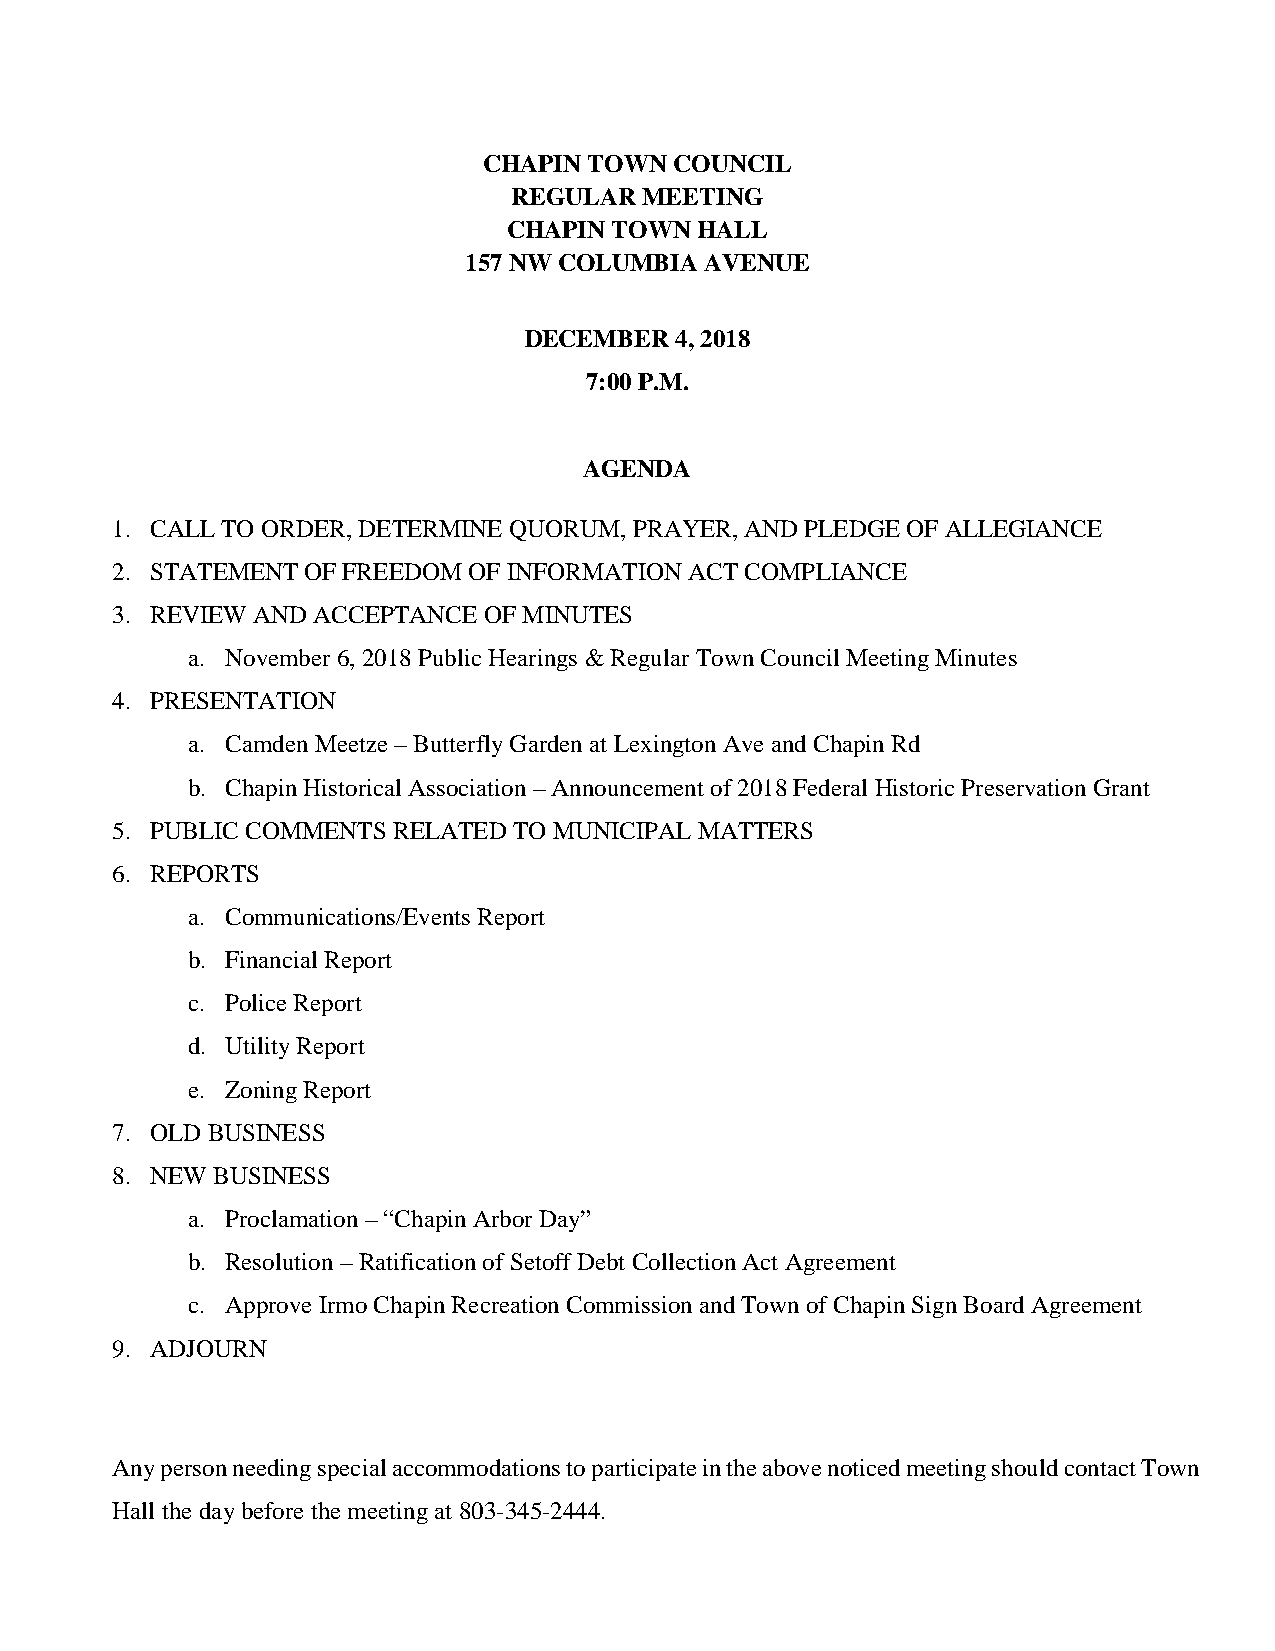
CHAPIN TOWN  COUNCIL
 REGULAR  MEETING
 CHAPIN TOWN HALL
 157 NW COLUMBIA AVENUE
 DECEMBER  4, 2018
 7:00 P.M.
 AGENDA
 1. CALL TO ORDER, DETERMINE QUORUM, PRAYER, AND PLEDGE OF ALLEGIANCE
 2. STATEMENT OF FREEDOM OF INFORMATION ACT COMPLIANCE
 3. REVIEW AND ACCEPTANCE OF MINUTES
 a. November 6, 2018 Public Hearings & Regular Town Council Meeting Minutes
 4. PRESENTATION
 a. Camden Meetze – Butterfly Garden at Lexington Ave and Chapin Rd
 b. Chapin Historical Association – Announcement of 2018 Federal Historic Preservation Grant
 5. PUBLIC COMMENTS RELATED TO MUNICIPAL MATTERS
 6. REPORTS
 a. Communications/Events Report
 b. Financial Report
 c. Police Report
 d. Utility Report
 e. Zoning Report
 7. OLD BUSINESS
 8. NEW BUSINESS
 a. Proclamation – “Chapin Arbor Day”
 b. Resolution – Ratification of Setoff Debt Collection Act Agreement
 c. Approve Irmo Chapin Recreation Commission and Town of Chapin Sign Board Agreement
 9. ADJOURN
 Any person needing special accommodations to participate in the above noticed meeting should contact Town
 Hall the day before the meeting at 803-345-2444.